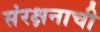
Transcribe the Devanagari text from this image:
संरक्षनाची